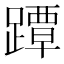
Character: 𨅭